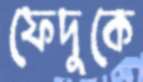
ফেদুকে